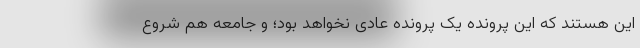
این هستند که این پرونده یک پرونده عادی نخواهد بود؛ و جامعه هم شروع